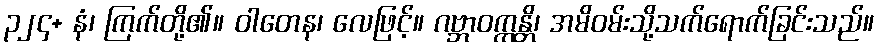
၃၂၄+ နံ၊ ကြက်တို့၏။ ဝါတေန၊ လေဖြင့်။ ဂဗ္ဘာဝက္ကန္တိ၊ အမိဝမ်းသို့သက်ရောက်ခြင်းသည်။